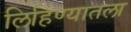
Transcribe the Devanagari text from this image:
लिहिण्यातला